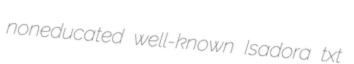
noneducated well-known Isadora txt